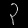
Digit: ၃